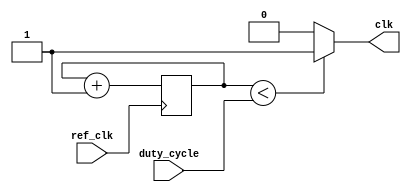
module pwm(
    input wire ref_clk,
    input wire [15:0] duty_cycle,
    output wire clk
);

reg [15:0] cnt;

assign clk = cnt < duty_cycle ? 1'b1 : 1'b0;

initial begin
    cnt <= 16'h0000;
end

always @(posedge ref_clk)
begin
    cnt <= cnt + 16'h0001;
end

endmodule